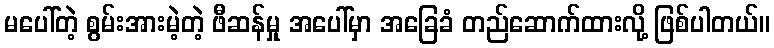
မပေါ်တဲ့ စွမ်းအားမဲ့တဲ့ ဖီဆန်မှု အပေါ်မှာ အခြေခံ တည်ဆောက်ထားလို့ ဖြစ်ပါတယ်။